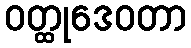
ဝတ္ထုဒေဝတာ